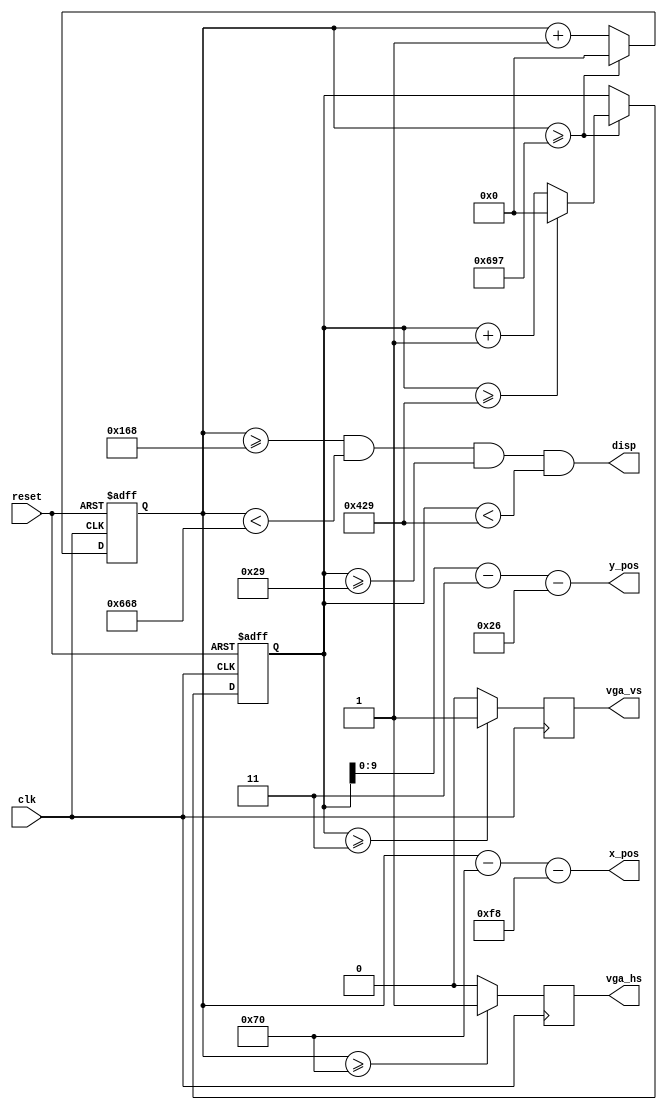
module vga_view #(parameter h_sync  = 112,
                            h_back  = 248,
                            h_disp  = 1280,
                            h_front = 48,
                            v_sync  = 3,
                            v_back  = 38,
                            v_disp  = 1024,
                            v_front = 1,
                            h_pol   = 0,
                            v_pol   = 0,
                  localparam x_width = $clog2(h_disp),
                             y_width = $clog2(v_disp)) (
    input clk,
    input reset,
    output disp,
    output [x_width - 1 : 0] x_pos,
    output [y_width - 1 : 0] y_pos,
    output reg vga_hs,
    output reg vga_vs
    );

    localparam h_limit = h_sync + h_back + h_disp + h_front;
    localparam v_limit = v_sync + v_back + v_disp + v_front;
    localparam x_cnt_width = $clog2(h_limit);
    localparam y_cnt_width = $clog2(v_limit);

    reg [x_cnt_width - 1 : 0] x_cnt;
    reg [y_cnt_width - 1 : 0] y_cnt;

    always @(posedge clk or negedge reset) begin
        if (!reset) begin
            x_cnt <= 0;
        end
        else if (x_cnt >= h_limit - 1) begin
            x_cnt <= 0;
        end
        else begin
            x_cnt <= x_cnt + 1;
        end
    end

    always @(posedge clk or negedge reset) begin
        if (!reset) begin
            y_cnt <= 0;
        end
        else if (x_cnt >= h_limit - 1) begin
            if (y_cnt >= v_limit - 1) begin
                y_cnt <= 0;
            end
            else begin
                y_cnt <= y_cnt + 1;
            end
        end
    end

    // | sync | back porch | disp | front porch | sync ...

    always @(posedge clk) begin
        vga_hs <= (x_cnt >= h_sync) ? (~h_pol) : h_pol;
    end

    always @(posedge clk) begin
        vga_vs <= (y_cnt >= v_sync) ? (~v_pol) : v_pol;
    end

    assign disp = (x_cnt >= (h_sync + h_back))
                    && (x_cnt < (h_sync + h_back + h_disp))
                    && (y_cnt >= (v_sync + v_back))
                    && (y_cnt < (v_sync + v_back + v_disp));

    assign x_pos = x_cnt - h_sync - h_back;
    assign y_pos = y_cnt - v_sync - v_back;

endmodule